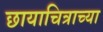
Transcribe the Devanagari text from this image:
छायाचित्राच्या